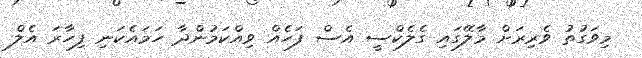
މިވަގުތު ވެރިރަށް މާލޭގައި ގެލެކްސީ އެސް ފަހެއް ވިއްކަމުންދާ ހަމައެކަނި ފިހާރަ އެލް